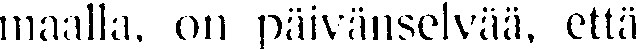
maalla, on päivänselvää, että